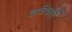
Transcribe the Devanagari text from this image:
तत्रिकाएँ